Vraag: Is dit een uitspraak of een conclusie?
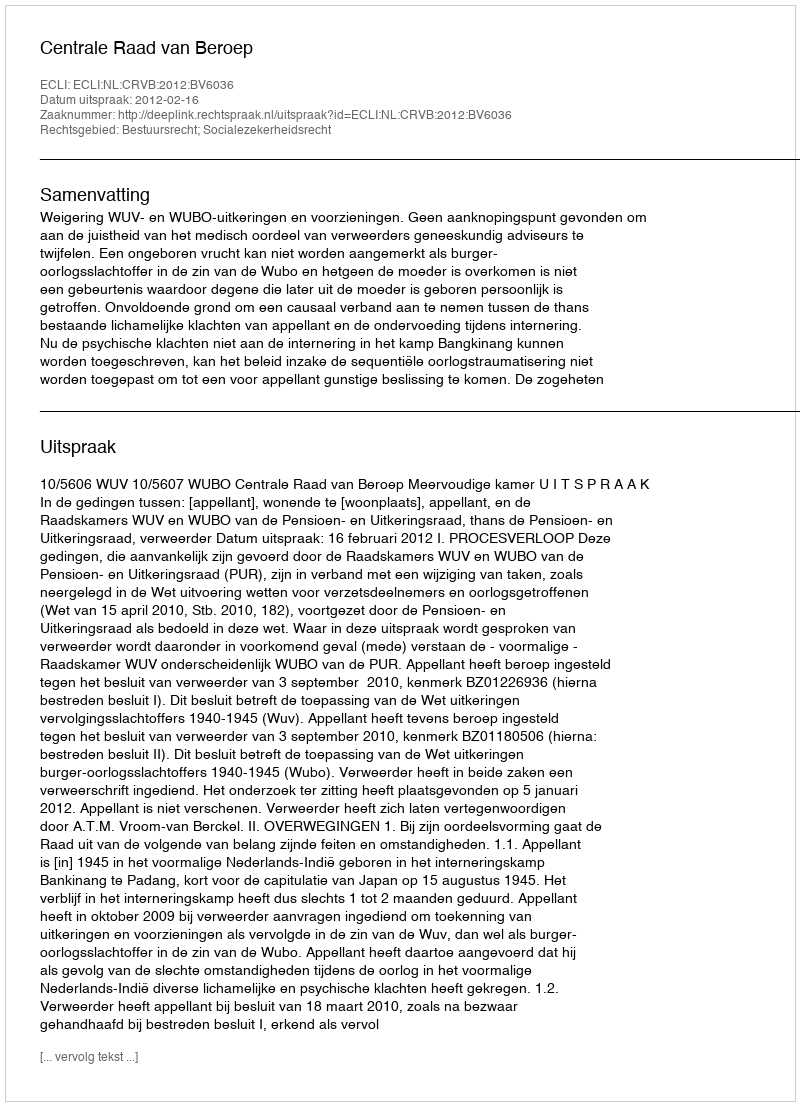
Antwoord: Uitspraak